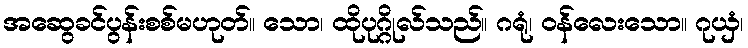
အဆွေခင်ပွန်းစစ်မဟုတ်။ သော၊ ထိုပုဂ္ဂိုလ်သည်။ ဂရုံ၊ ဝန်လေးသော။ ဂုယှံ၊